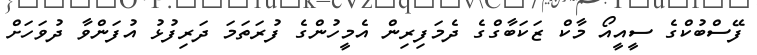
ފޭސްބުކްގެ ސީއީއޯ މާކް ޒަކަބާގްގެ ދެމަފިރިން އެމީހުންގެ ފުރަތަމަ ދަރިފުޅު އުފަންވާ ދުވަހަށް